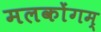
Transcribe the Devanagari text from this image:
मलकोंगम्